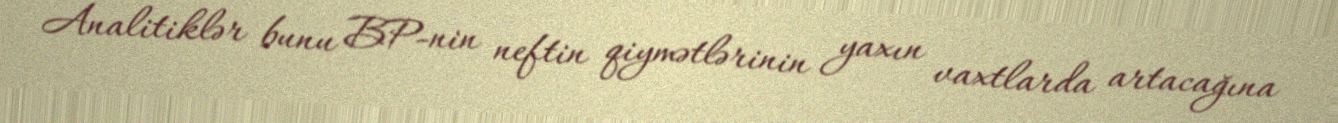
Analitiklər bunu BP-nin neftin qiymətlərinin yaxın vaxtlarda artacağına